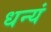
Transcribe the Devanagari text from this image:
धन्यं